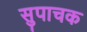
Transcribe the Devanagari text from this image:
सुपाचक